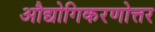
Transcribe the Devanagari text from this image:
औद्योगिकरणोत्तर